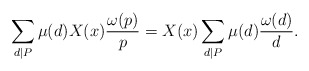
\begin{align*} \sum_{d \mid P} \mu(d)X(x)\frac{\omega(p)}{p} = X(x) \sum_{d \mid P} \mu(d) \frac{\omega(d)}{d}. \end{align*}